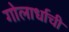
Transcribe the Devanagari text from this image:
गोलार्धाची